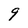
Character: 9